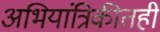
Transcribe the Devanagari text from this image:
अभियांत्रिकीतही